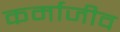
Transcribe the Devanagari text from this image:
कर्माजीव